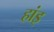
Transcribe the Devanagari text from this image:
हांइ